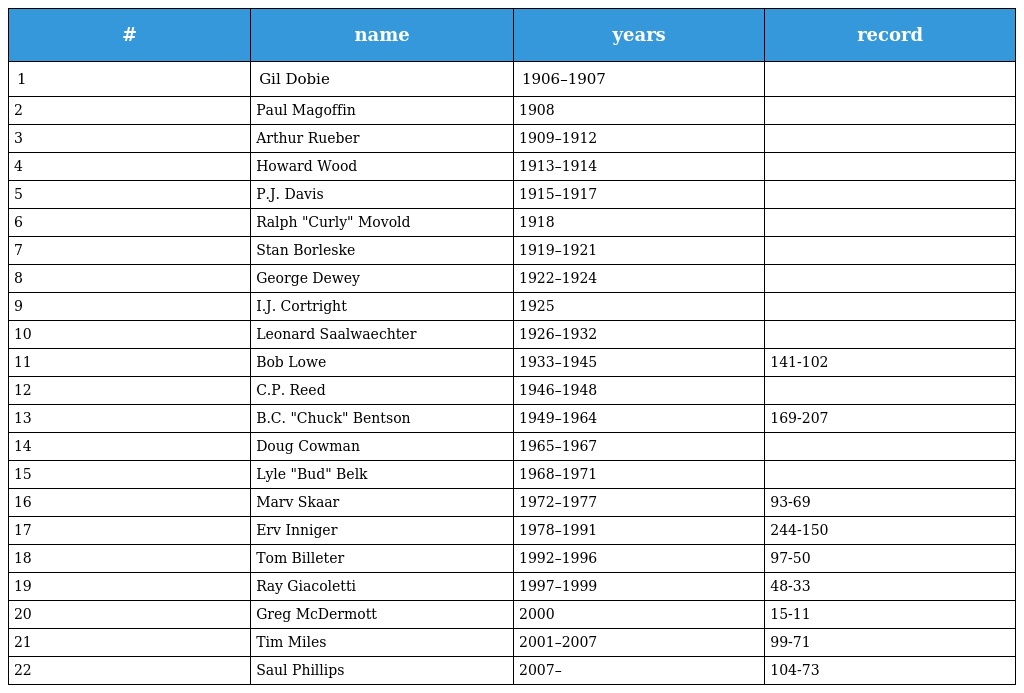
| # | name | years | record |
 | --- | --- | --- | --- |
 | 1 | Gil Dobie | 1906–1907 |  |
 | 2 | Paul Magoffin | 1908 |  |
 | 3 | Arthur Rueber | 1909–1912 |  |
 | 4 | Howard Wood | 1913–1914 |  |
 | 5 | P.J. Davis | 1915–1917 |  |
 | 6 | Ralph "Curly" Movold | 1918 |  |
 | 7 | Stan Borleske | 1919–1921 |  |
 | 8 | George Dewey | 1922–1924 |  |
 | 9 | I.J. Cortright | 1925 |  |
 | 10 | Leonard Saalwaechter | 1926–1932 |  |
 | 11 | Bob Lowe | 1933–1945 | 141-102 |
 | 12 | C.P. Reed | 1946–1948 |  |
 | 13 | B.C. "Chuck" Bentson | 1949–1964 | 169-207 |
 | 14 | Doug Cowman | 1965–1967 |  |
 | 15 | Lyle "Bud" Belk | 1968–1971 |  |
 | 16 | Marv Skaar | 1972–1977 | 93-69 |
 | 17 | Erv Inniger | 1978–1991 | 244-150 |
 | 18 | Tom Billeter | 1992–1996 | 97-50 |
 | 19 | Ray Giacoletti | 1997–1999 | 48-33 |
 | 20 | Greg McDermott | 2000 | 15-11 |
 | 21 | Tim Miles | 2001–2007 | 99-71 |
 | 22 | Saul Phillips | 2007– | 104-73 |